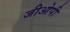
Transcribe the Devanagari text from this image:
जीओपी